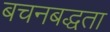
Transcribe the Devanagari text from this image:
बचनबद्धता